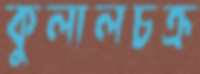
কুলালচক্র